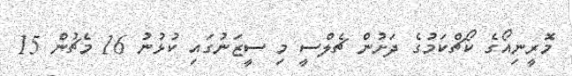
މޮރީނިއޯގެ ކޯޗްކަމުގެ ދަށުން ޗެލްސީ މި ސީޒަނުގައި ކުޅުނު 16 މެޗުން 15